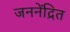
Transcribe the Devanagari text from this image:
जननेंद्रित